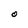
Character: O